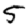
Digit: 5